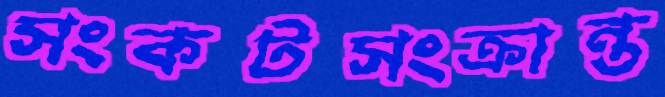
সংকটসংক্রান্ত